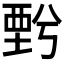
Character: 𧟯